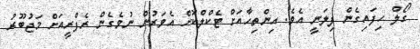
ގޯލް ހިފައިގެން ފިލަނީ އެވެ. އިންތިހާއަށް ޓެކްލްކޮށް އެވަރުން ނުވެގެން ރެފްރީއަށް މަޖުބޫރު